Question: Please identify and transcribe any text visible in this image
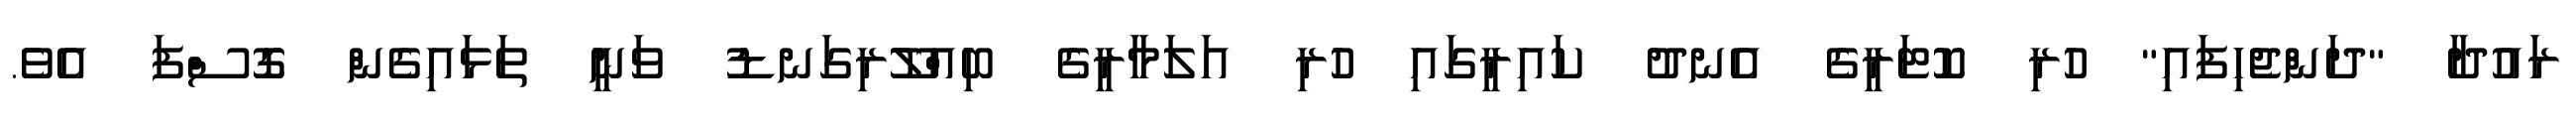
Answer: ރައުދާ "ދަންޖެހިފައި" ހުރި ކޮޓަރީގެ އެނދު ކައިރީގައި ހުރި އަލަމާރީގެ ބިއްލޫރިގަނޑު ވަނީ ތަޅައިގެން ގޮސްފަ އެވެ.